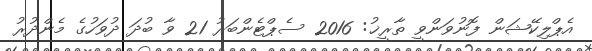
އެޕްލިކޭޝަން ފޮނުވަންވީ ތާރީޚު: 2016 ސެޕްޓެންބަރު 21 ވާ ބުދަ ދުވަހުގެ މެންދުރު